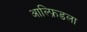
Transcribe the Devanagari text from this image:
आल्फ्रिडला